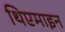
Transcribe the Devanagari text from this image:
थिएमाइन